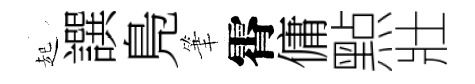
起譔鳬筆霄傭㸃壯